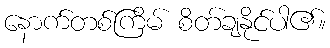
နောက်တစ်ကြိမ် စိတ်ချနိုင်ပါ၏။